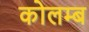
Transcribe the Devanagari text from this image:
कोलम्ब